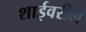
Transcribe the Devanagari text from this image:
शाईवरील